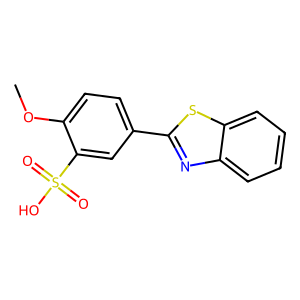
SMILES: COc1ccc(-c2nc3ccccc3s2)cc1S(=O)(=O)O
Inhibits HIV replication: No